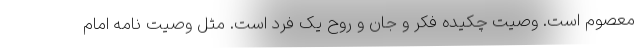
معصوم است. وصیت چکیده فکر و جان و روح یک فرد است. مثل وصیت نامه امام